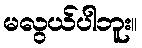
မလွယ်ပါဘူး။